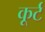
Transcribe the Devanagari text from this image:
कूर्ट